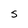
Character: S